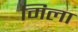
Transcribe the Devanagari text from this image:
मिला